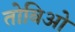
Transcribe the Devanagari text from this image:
तोबिओ